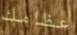
عظامك